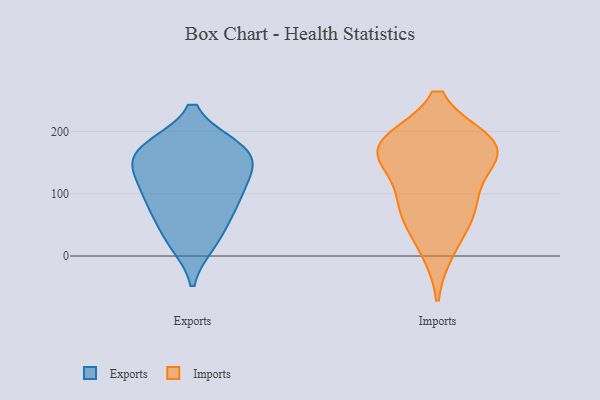
{"axis": {"x": "Latency (ms)", "y": "Value"}, "legend": ["Exports", "Imports"], "data": [{"x": "", "y": 129, "type": "Exports"}, {"x": "", "y": 21, "type": "Exports"}, {"x": "", "y": 174, "type": "Exports"}, {"x": "", "y": 168, "type": "Exports"}, {"x": "", "y": 71, "type": "Exports"}, {"x": "", "y": 173, "type": "Exports"}, {"x": "", "y": 26, "type": "Exports"}, {"x": "", "y": 118, "type": "Exports"}, {"x": "", "y": 155, "type": "Exports"}, {"x": "", "y": 76, "type": "Exports"}, {"x": "", "y": 122, "type": "Exports"}, {"x": "", "y": 85, "type": "Exports"}, {"x": "", "y": 171, "type": "Exports"}, {"x": "", "y": 11, "type": "Imports"}, {"x": "", "y": 84, "type": "Imports"}, {"x": "", "y": 181, "type": "Imports"}, {"x": "", "y": 140, "type": "Imports"}, {"x": "", "y": 169, "type": "Imports"}, {"x": "", "y": 180, "type": "Imports"}, {"x": "", "y": 82, "type": "Imports"}, {"x": "", "y": 171, "type": "Imports"}, {"x": "", "y": 182, "type": "Imports"}, {"x": "", "y": 62, "type": "Imports"}]}